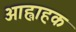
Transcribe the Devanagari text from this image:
आह्वाहक